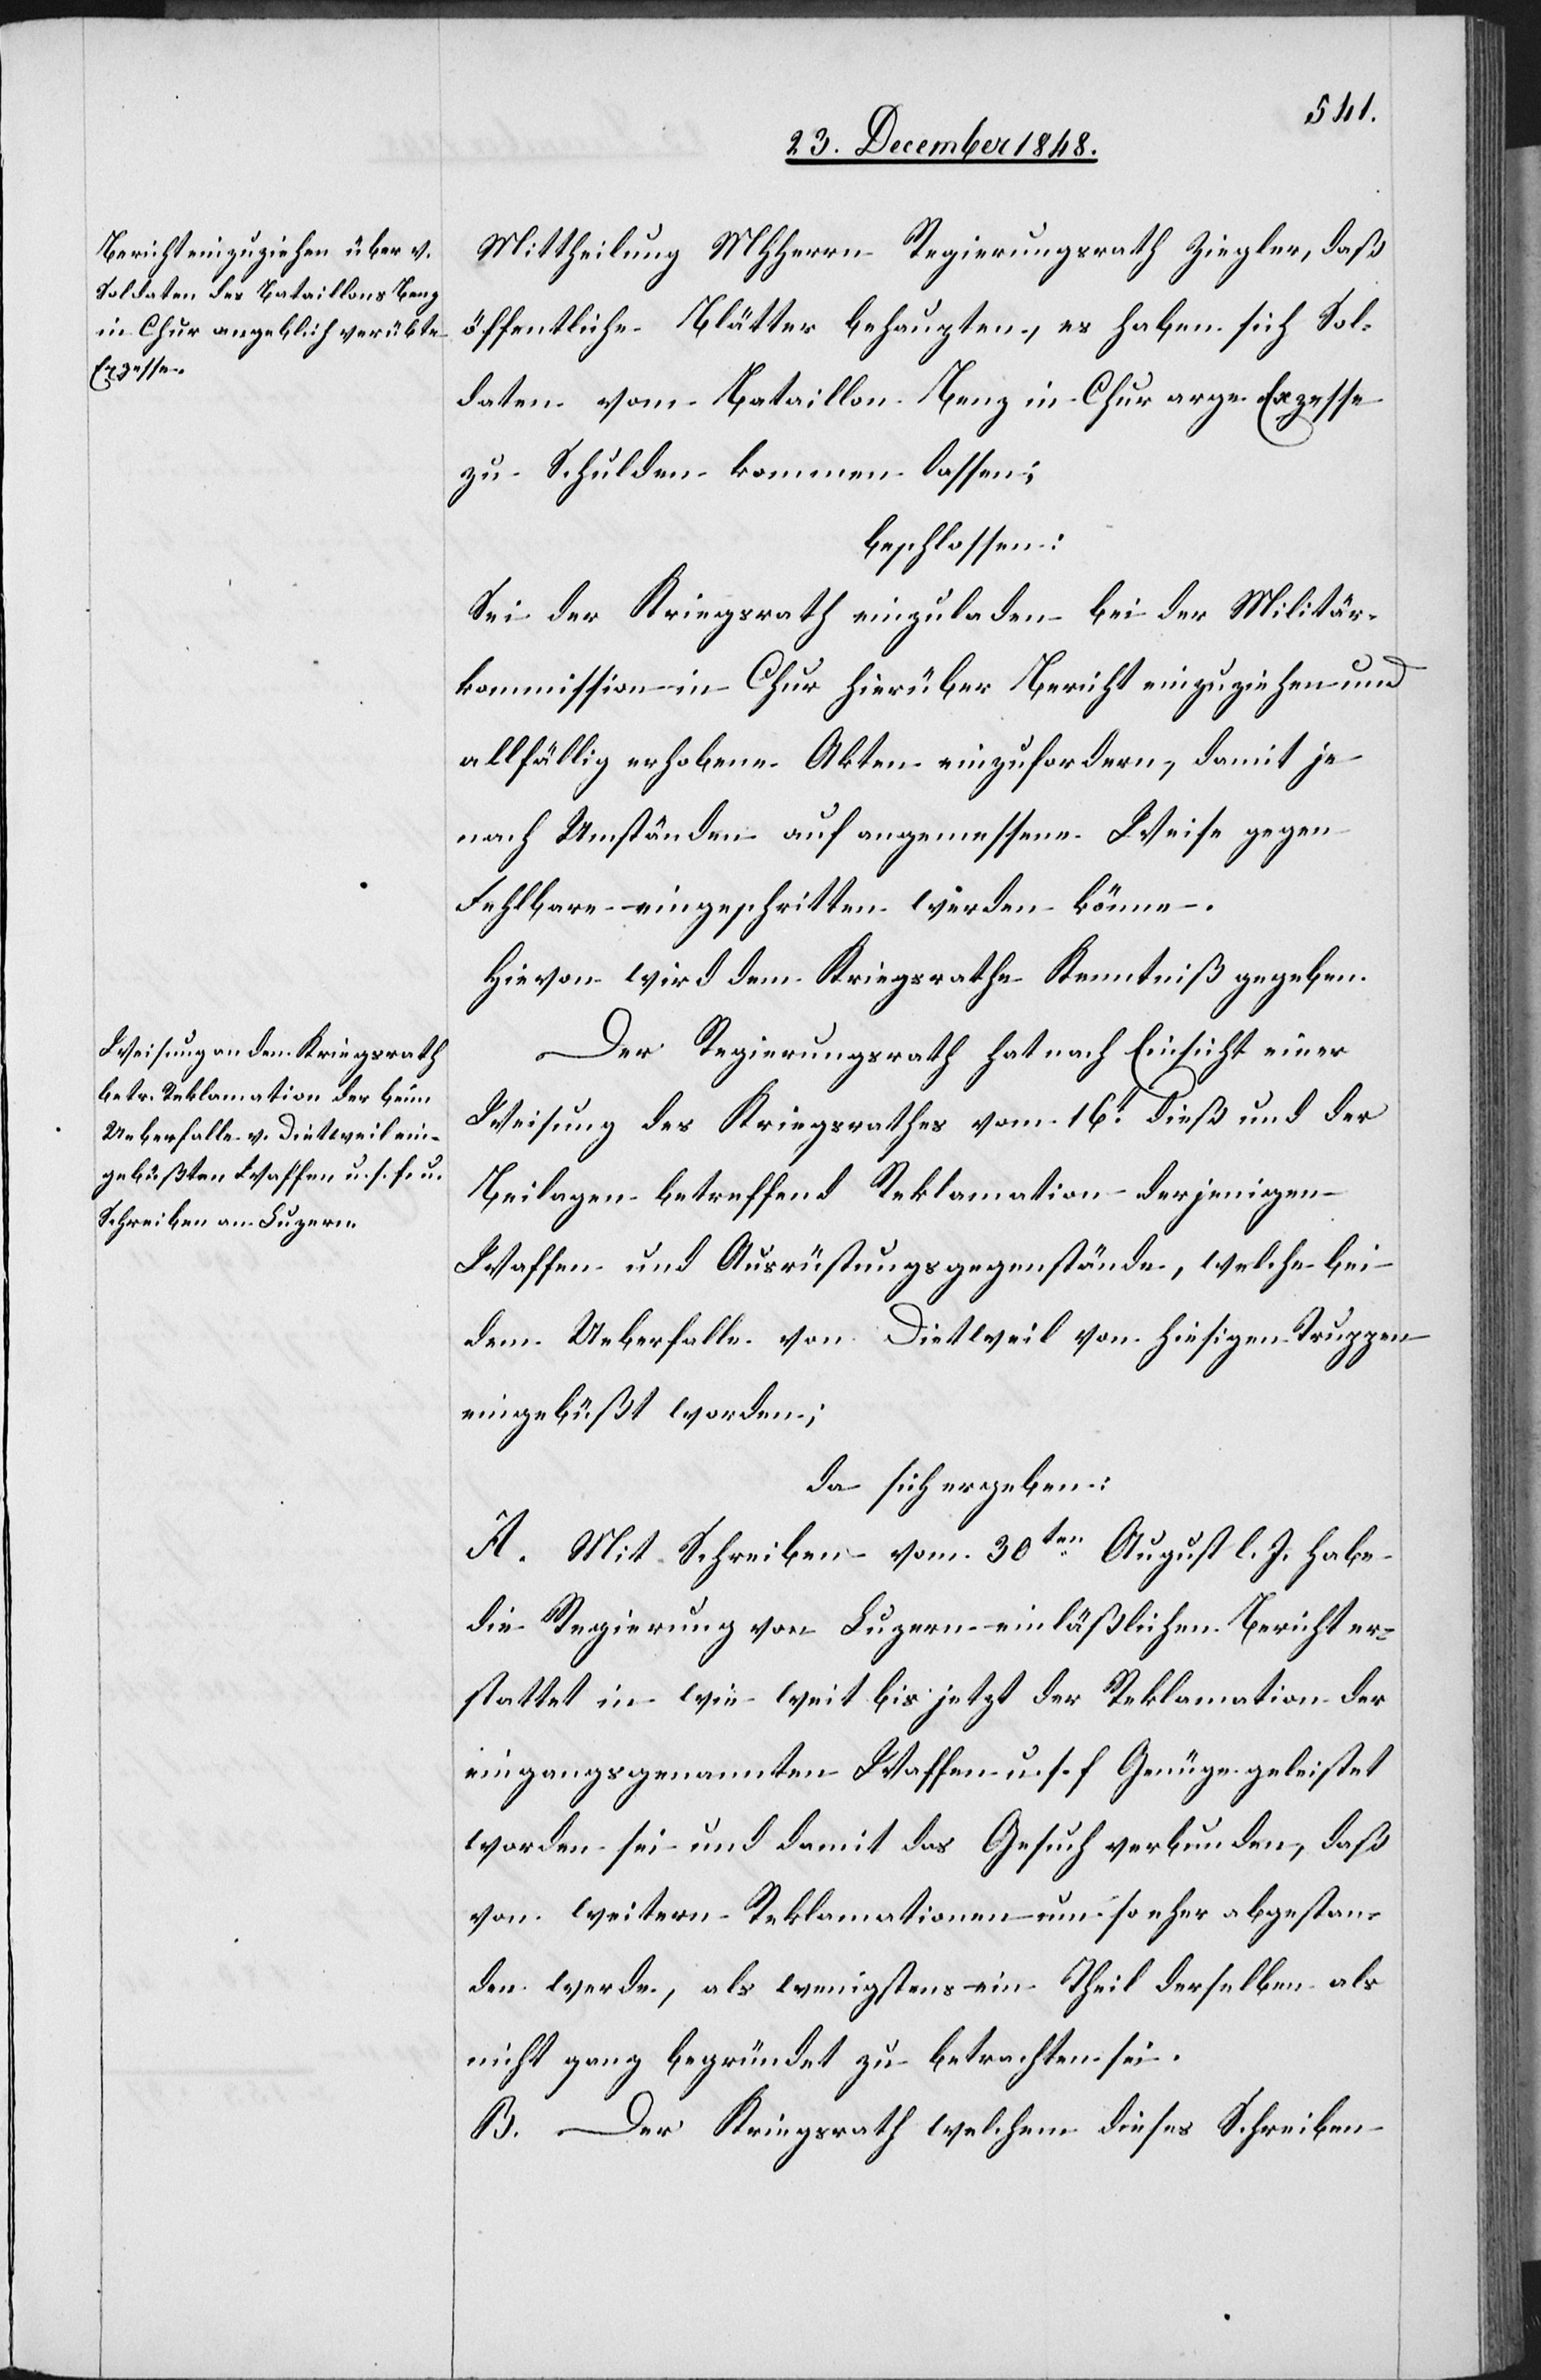
Mittheilung MHHerrn Regierungsrath Ziegler, daß
öffentliche Blätter behaupten, es haben sich Sol¬
daten vom Bataillon Benz in Chur arge Exzesse
zu Schulden kommen lassen;
beschlossen:
Sei der Kriegsrath einzuladen bei der Militär¬
kommission in Chur hierüber Bericht einzuziehen und
allfällig erhobene Akten einzufordern, damit je
nach Umständen auf angemessene Weise gegen
Fehlbare eingeschritten werden könne.
Hievon wird dem Kriegsrathe Kenntniß gegeben.
Der Regierungsrath hat nach Einsicht einer
Weisung des Kriegsrathes vom 16t dieß und der
Beilagen betreffend Reklamation derjenigen
Waffen und Ausrüstungsgegenstände, welche bei
dem Ueberfalle von Dietweil von hiesigen Truppen
eingebüßt worden;
da sich ergeben:
A. Mit Schreiben vom 30ten August l. J. habe
die Regierung von Luzern einläßlichen Bericht er¬
stattet in wie weit bis jetzt der Reklamation der
eingangsgenannten Waffen u. s. f. Genüge geleistet
worden sei und damit das Gesuch verbunden, das
von weitern Reklamationen um so eher abgestan¬
den werde, als wenigstens ein Theil derselben als
nicht ganz begründet zu betrachten sei.
B. Der Kriegsrath welchem dieses Schreiben